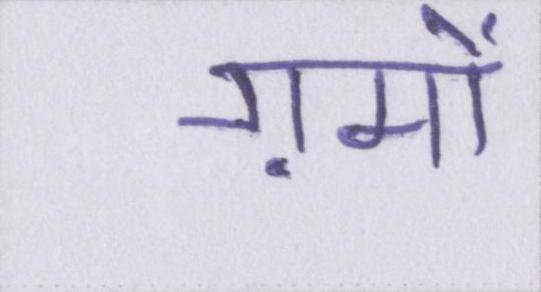
ग़मों